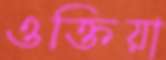
ওক্তিয়া